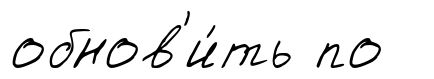
обнов'и́ть по